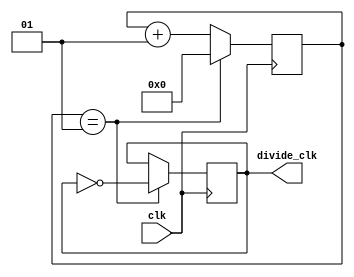
`timescale 1ns / 1ps 

module clock_divider #(parameter div_value = 1)(
    input wire clk,
    output reg divide_clk = 0
);

    integer counter_value = 0;

    always @(posedge clk) begin
        if (counter_value == div_value)
            counter_value <= 0;
        else
            counter_value <= counter_value + 1;
        
        if (counter_value == div_value)
            divide_clk <= ~divide_clk ;
    end

endmodule